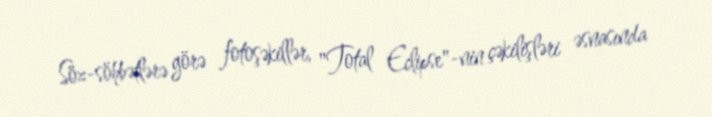
Söz-söhbətlərə görə fotoşəkillər, "Total Eclipse"-nin çəkilişləri əsnasında